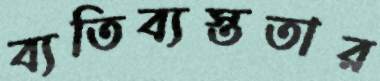
ব্যতিব্যস্ততার